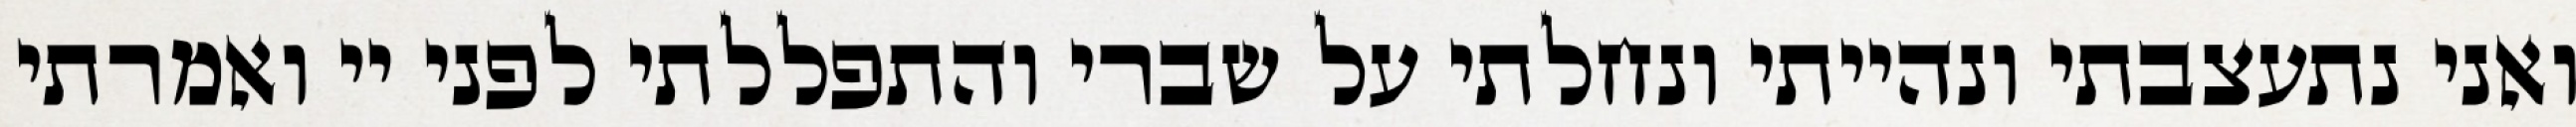
ואני נתעצבתי ונהייתי ונחלתי על שברי והתפללתי לפני יי ואמרתי